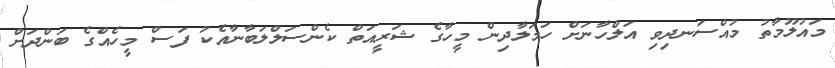
މައުލޫމާތު މުއްސަނދިވި އަލްހާނަށް ހަމަލާދިން މީހާގެ ޝަރީއަތް ކެންސަލްލަބާނާއެކު ފަސް މީހެއްގެ ބަންދަށް